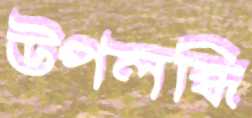
উপলব্ধি